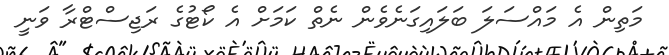
މަތިން އެ މައްސަލަ ބަލައިގަނެވެން ނެތް ކަމަށް އެ ކޯޓުގެ ރަޖިސްޓްރާ ވަނީ